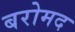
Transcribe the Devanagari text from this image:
बरोमद